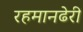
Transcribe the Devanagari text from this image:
रहमानढेरी